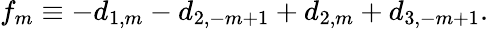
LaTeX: f_{m}\equiv-d_{1,m}-d_{2,-m+1}+d_{2,m}+d_{3,-m+1}.